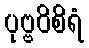
ပုဗ္ဗဝိစိရံ